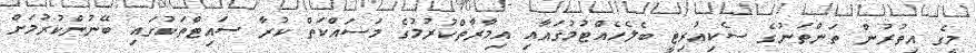
މީގެ އިތުރުން ތަންތަނުގެ ސެކިއުރިޓީ ބެލެހެއްޓުމުގައާއި އިމާރާތްކުރުމުގެ މަސައްކަތް ކުރާ ސައިޓްތަކުގައި ބޭނުންކުރުމަށް